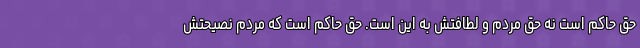
حق حاکم است نه حق مردم و لطافتش به این است. حق حاکم است که مردم نصیحتش